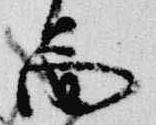
図